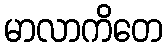
မာလာကိတေ